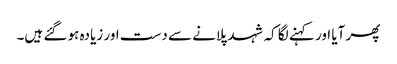
پھر آیا اور کہنے لگا کہ شہد پلانے سے دست اور زیادہ ہو گئے ہیں۔